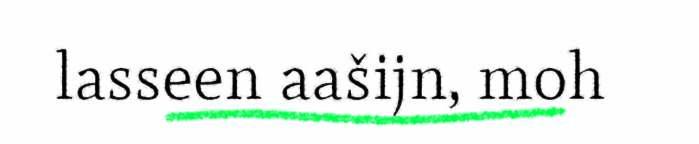
lasseen aašijn, moh